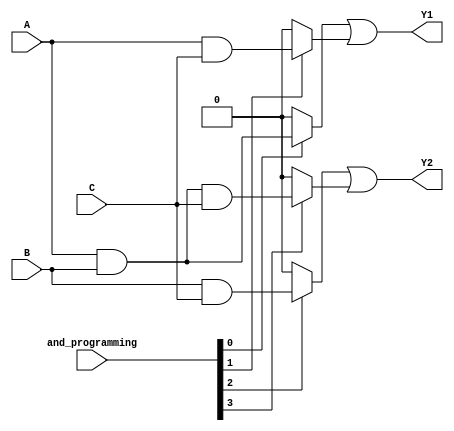
module programmable_pal (
    input wire A,    // Input A
    input wire B,    // Input B
    input wire C,    // Input C
    input wire [3:0] and_programming, // Programming input for AND gates
    output wire Y1,  // Output Y1 from OR gate 1
    output wire Y2   // Output Y2 from OR gate 2
);

// Intermediate product terms from AND gates
wire pt0, pt1, pt2, pt3;

// AND Gate Array (Programmable)
assign pt0 = (and_programming[0]) ? (A & B) : 1'b0;      // AND Gate 0
assign pt1 = (and_programming[1]) ? (A & C) : 1'b0;      // AND Gate 1
assign pt2 = (and_programming[2]) ? (B & C) : 1'b0;      // AND Gate 2
assign pt3 = (and_programming[3]) ? (A & B & C) : 1'b0;  // AND Gate 3

// OR Gate Array (Fixed)
assign Y1 = pt0 | pt1;  // Output 1
assign Y2 = pt2 | pt3;  // Output 2

endmodule